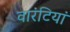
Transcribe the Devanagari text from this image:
वारंटियां